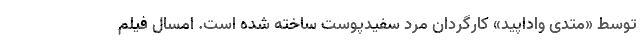
توسط «متدی واداپید» کارگردان مرد سفیدپوست ساخته شده است. امسال فیلم